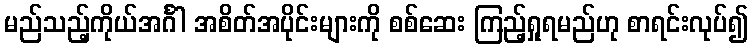
မည်သည့်ကိုယ်အင်္ဂါ အစိတ်အပိုင်းများကို စစ်ဆေး ကြည့်ရှုရမည်ဟု စာရင်းလုပ်၍